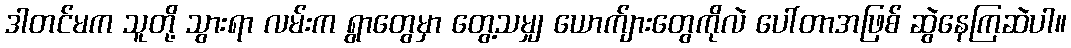
ဒါတင်မက သူတို့ သွားရာ လမ်းက ရွာတွေမှာ တွေ့သမျှ ယောက်ျားတွေကိုလဲ ပေါ်တာအဖြစ် ဆွဲနေကြဆဲပါ။